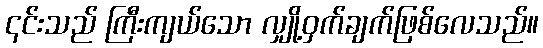
၎င်းသည် ကြီးကျယ်သော လျှို့ဝှက်ချက်ဖြစ်လေသည်။